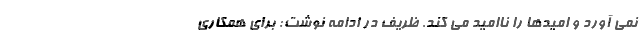
نمی آورد و امیدها را ناامید می کند. ظریف در ادامه نوشت: برای همکاری